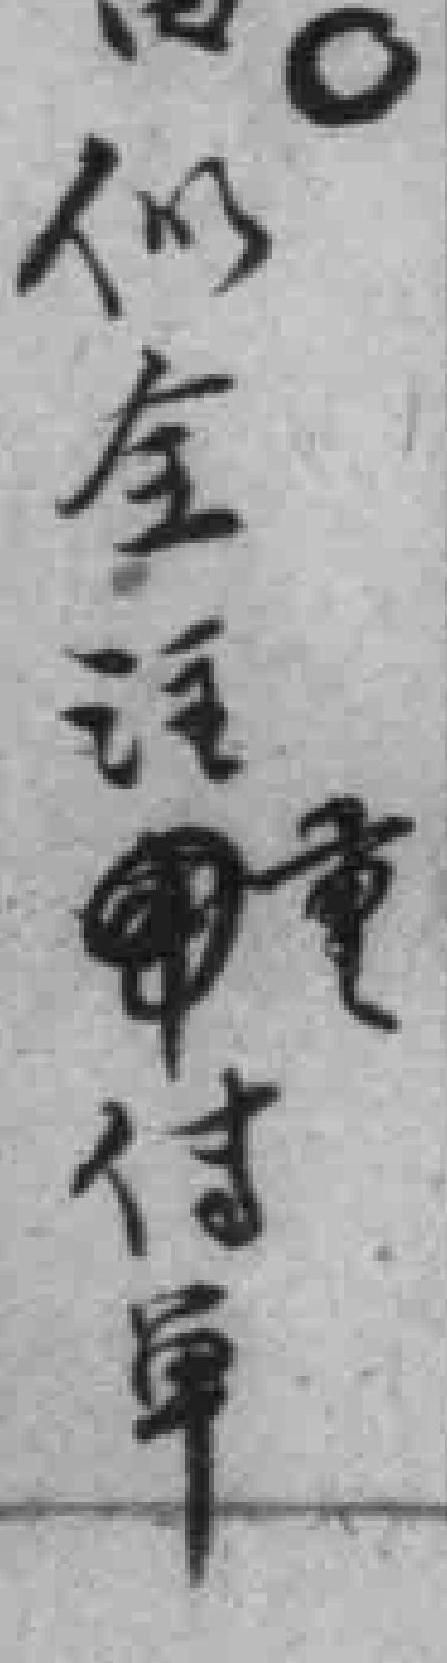
似全注*意传单